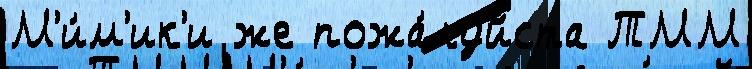
М'и́м'ик'и же пожа́луйста ТММ